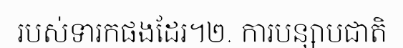
របស់ទារកផងដែរ។២. ការបន្សាបជាតិ